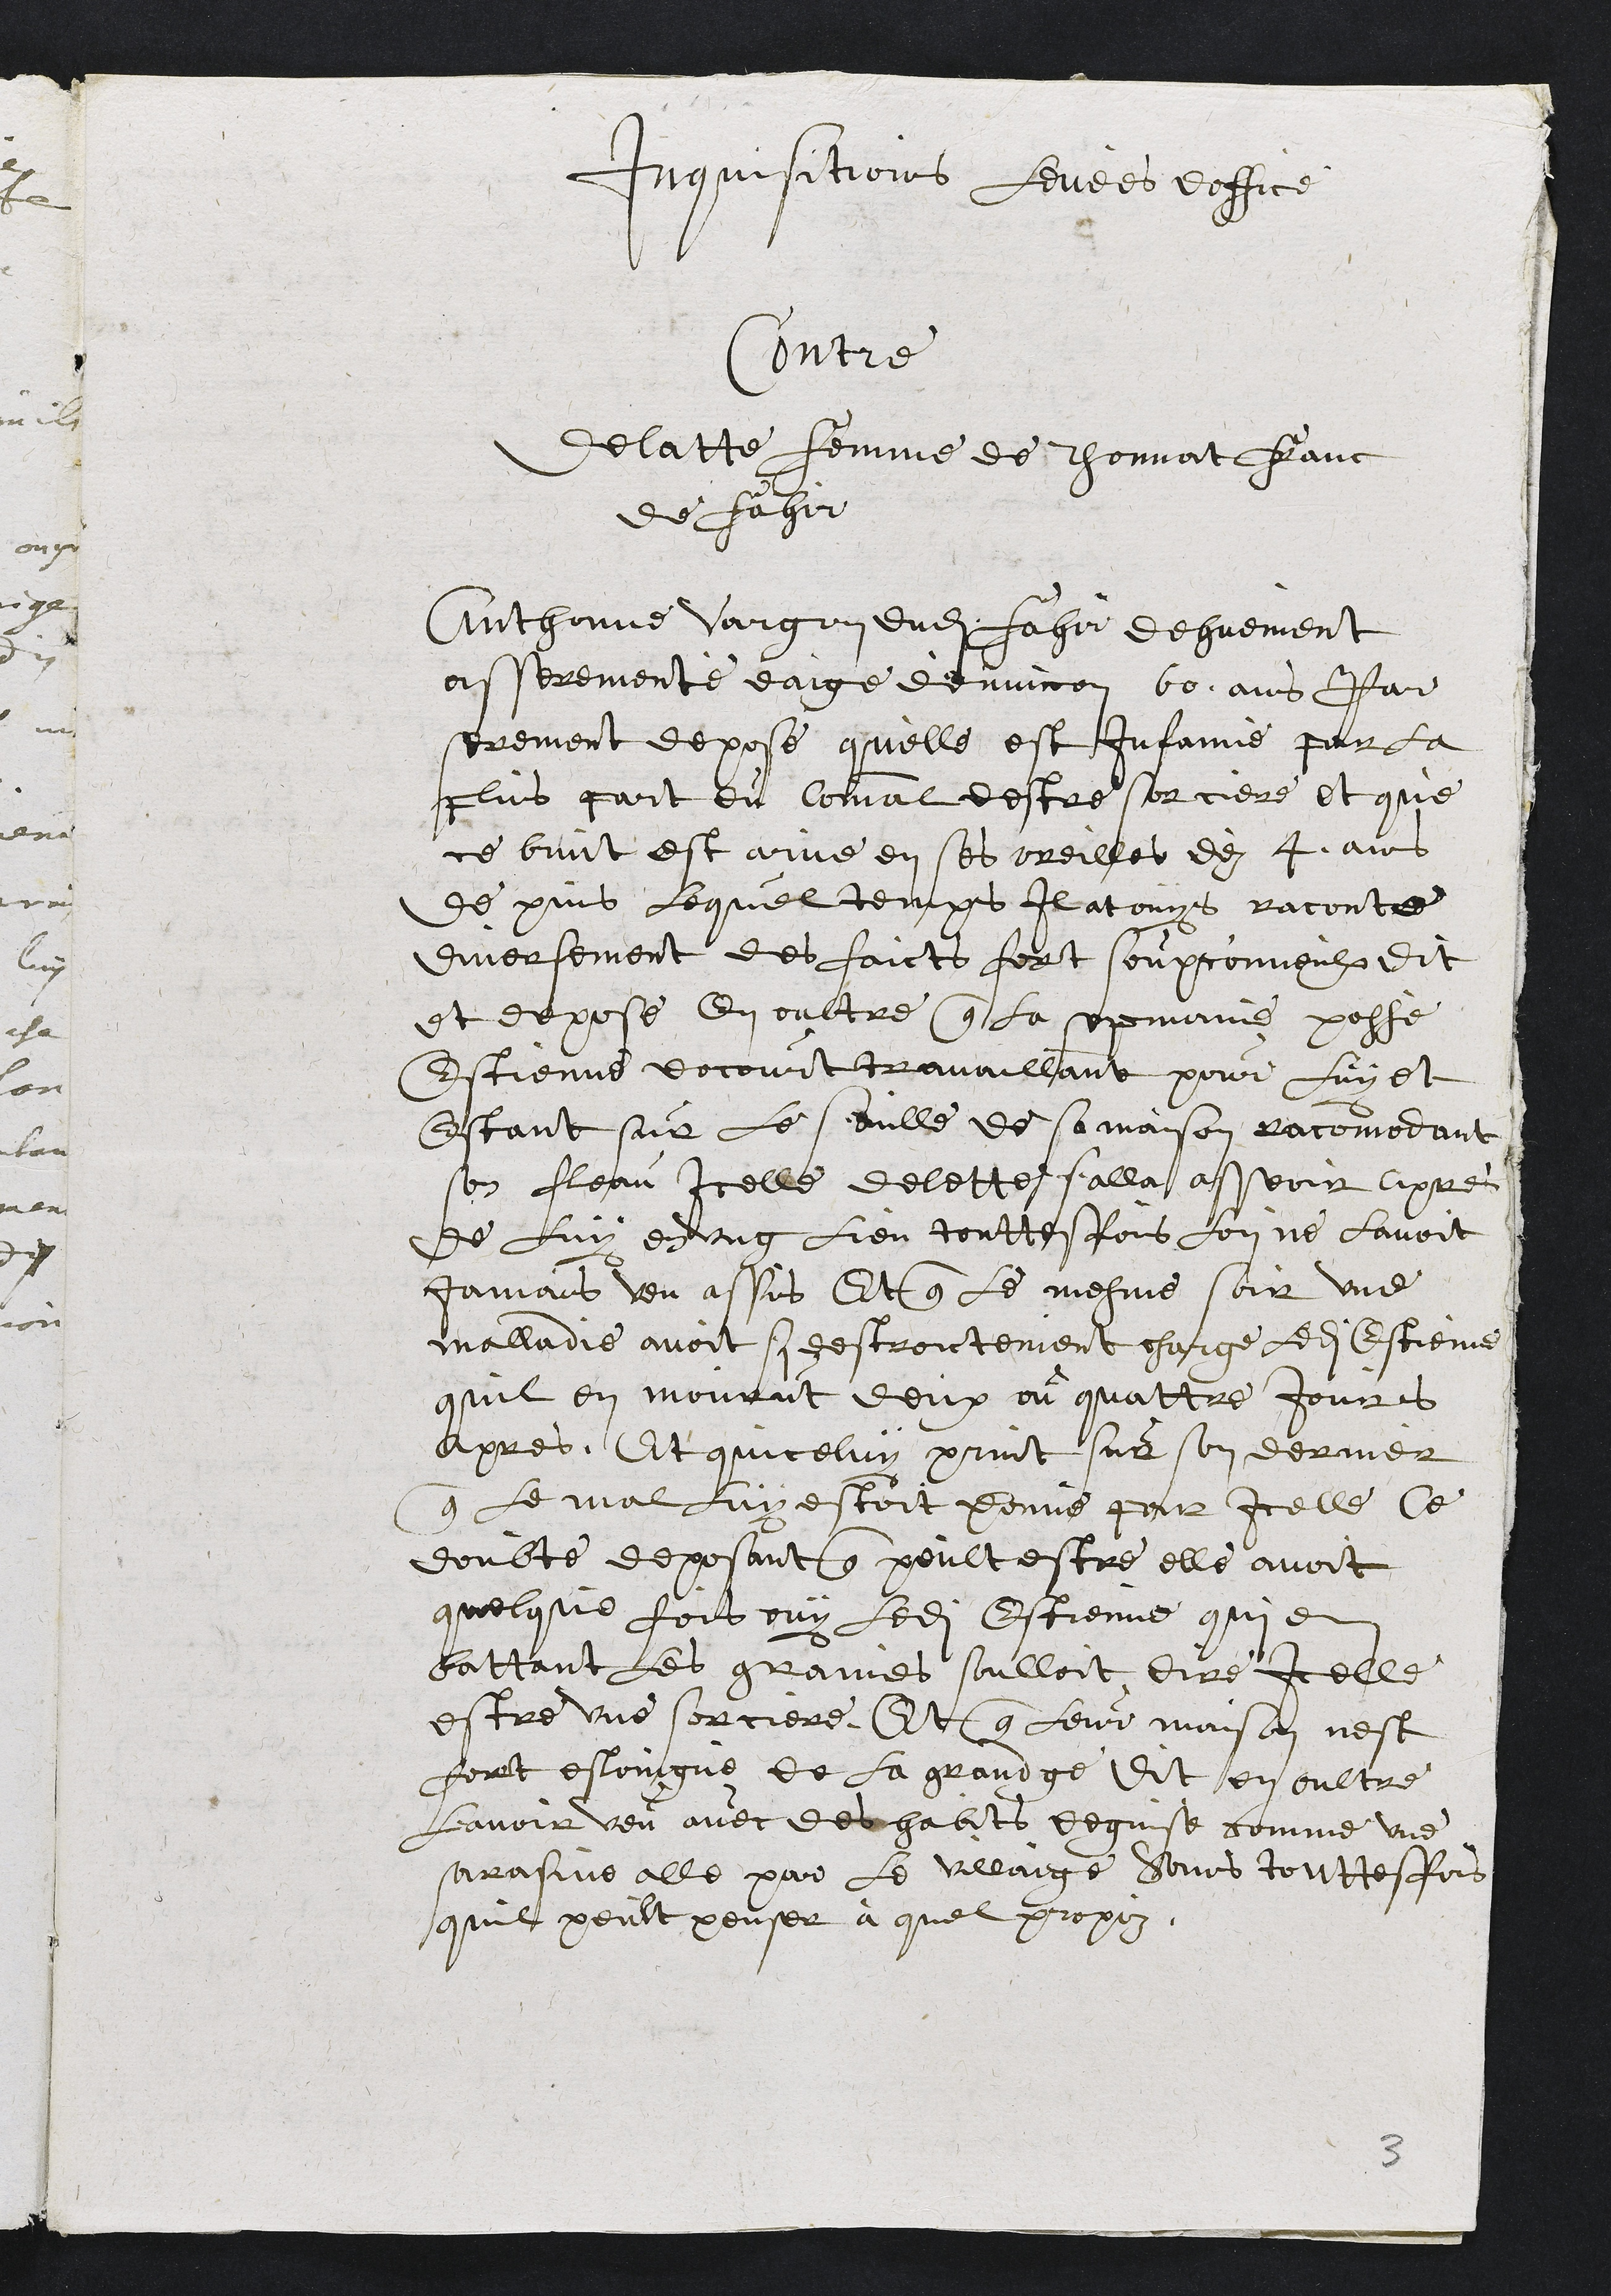
Inquisitions levées doffice
Contre
Jelatte femme de Thonnat fanc
de Fagir
Anthonne vargon dudit fagee dehuement
asserementé eaige d’environ 60 ans Par
serement depose quelle est Infamie par la
plus part du Comal destre sorciere et que
ce buit est arvé en ses oreilles de 4 ans
de puis lequel temps Il atouys racontre
dmersement des faicts fort soupconneulx dit
et depose en oultre que la memaine passé
Estienne docourt travaillant pour luyet
estant sur le seulle de sa maison racomodant
son fleau Icelle delette falla asseoir apres
de luy en ung lieu touttesfois lon ne lavoit
jamais veu assis Et que le mesme soir une
malladie avoit si destrontement charge ledit Estieme
quil en mourut deux ou quattre Jours
apres, Et quiceluy print sur son dernier
que le mal luy estoit ponne pour icelle Ce
doubte deposant que peult estre elle avoit
quelque foit ouy ledit Estienne qui et
battant les graines soulloit dire icelle
estre une sorciere. Et que leur maison nest
feut esloingne de la grandge dit en oultre
lavoir veu avec de chabits dequise comme une
prasme elle par le villaige soins touttesfois
quil peult penser à quel propoz